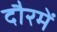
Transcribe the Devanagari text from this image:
दौरमें